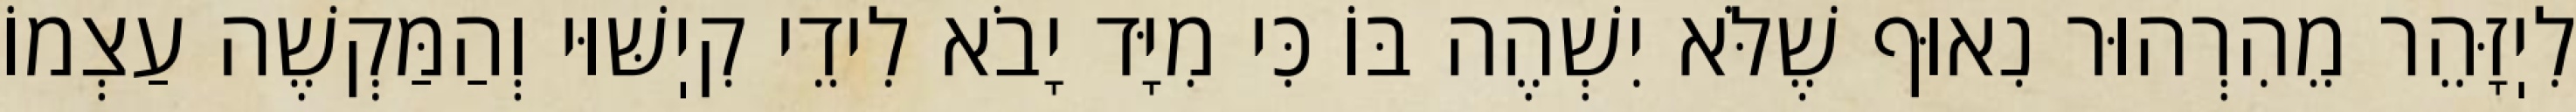
לִיֽזָּהֵר מֵהִרְהוּר נִאוּף שֶׁלֹּא יִשְׁהֶה בּוֹ כִּי מִיָּד יָבֹא לִידֵי קִיֽשּׁוּי וְהַמַּקְשֶׁה עַצְמוֹ